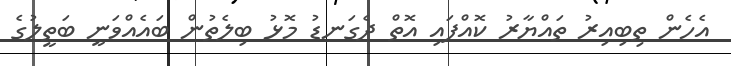
އެހެން ތިބިއިރު ތައްޔާރު ކޮއްފައި އޮތް ދެގަނޑު މޮޅު ބިލެތުން ބައެއްވަނީ ބަތީލުގެ